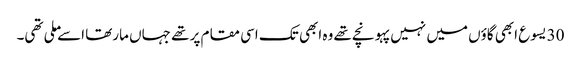
30 یسوع ابھی گاؤں میں نہیں پہونچے تھے وہ ابھی تک اسی مقام پر تھے جہاں مارتھا اسے ملی تھی۔